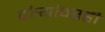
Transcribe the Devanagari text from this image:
दौर्‍यांवरही